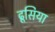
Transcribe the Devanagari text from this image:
ढूसिया